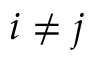
i \neq j